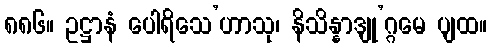
၈၈၆။ ဥဋ္ဌာနံ ပေါရိသေ’ဟာသု၊ နိသိန္နာဒျု’ဂ္ဂမေ ပျထ။